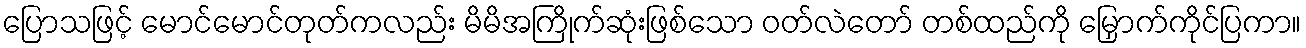
ပြောသဖြင့် မောင်မောင်တုတ်ကလည်း မိမိအကြိုက်ဆုံးဖြစ်သော ဝတ်လဲတော် တစ်ထည်ကို မြှောက်ကိုင်ပြကာ။